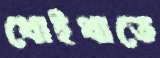
খোইথাতে